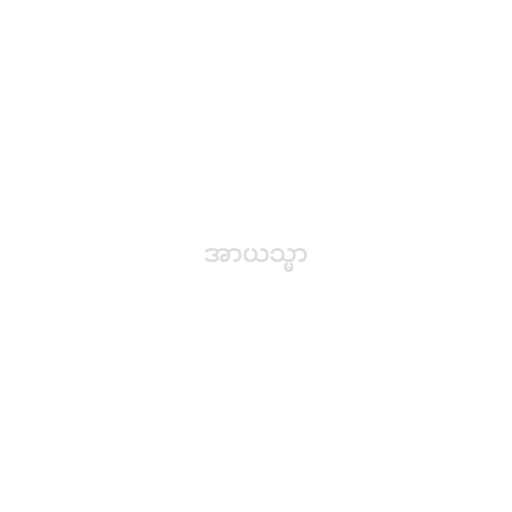
အာယသ္မာ